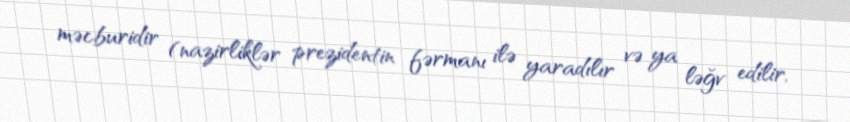
məcburidir (nazirliklər prezidentin fərmanı ilə yaradılır və ya ləğv edilir,